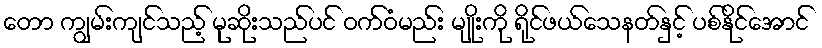
တော ကျွမ်းကျင်သည့် မုဆိုးသည်ပင် ဝက်ဝံမည်း မျိုးကို ရိုင်ဖယ်သေနတ်နှင့် ပစ်နိုင်အောင်